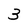
Character: 3